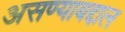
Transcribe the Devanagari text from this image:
असण्याबद्दाल